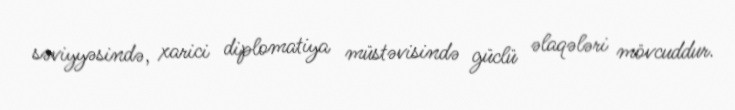
səviyyəsində, xarici diplomatiya müstəvisində güclü əlaqələri mövcuddur.